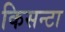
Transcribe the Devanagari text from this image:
किसन्टा